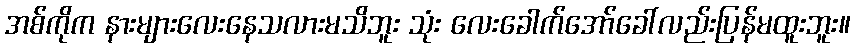
အစ်ကိုက နားများလေးနေသလားမသိဘူး သုံး လေးခေါက်အော်ခေါ်လည်းပြန်မထူးဘူး။